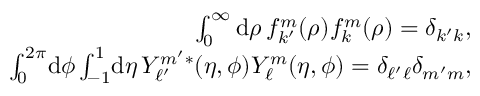
\begin{array} { r } { \int _ { 0 } ^ { \infty } \mathrm { d } \rho \, f _ { k ^ { \prime } } ^ { m } ( \rho ) f _ { k } ^ { m } ( \rho ) = \delta _ { k ^ { \prime } k } , } \\ { \int _ { 0 } ^ { 2 \pi } \! \mathrm { d } \phi \int _ { - 1 } ^ { 1 } \! \mathrm { d } \eta \, Y _ { \ell ^ { \prime } } ^ { m ^ { \prime } * } ( \eta , \phi ) Y _ { \ell } ^ { m } ( \eta , \phi ) = \delta _ { \ell ^ { \prime } \ell } \delta _ { m ^ { \prime } m } , } \end{array}